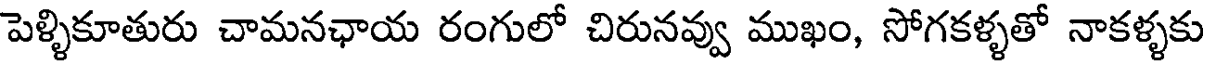
పెళ్ళికూతురు చామనఛాయ రంగులో చిరునవ్వు ముఖం, సోగకళ్ళతో నాకళ్ళకు